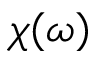
\chi ( \omega )